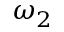
\omega _ { 2 }